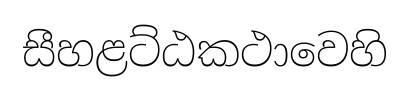
සීහළට්ඨකථාවෙහි